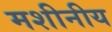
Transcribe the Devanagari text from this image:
मशीनीय